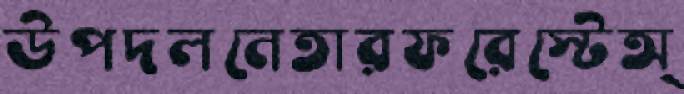
উপদলনেতারফরেস্টেঅ্